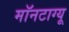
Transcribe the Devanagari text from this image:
मॉनटाग्यू